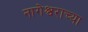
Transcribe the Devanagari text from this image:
नागेश्वराच्या